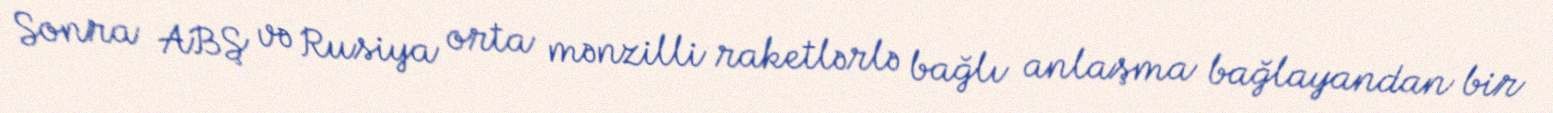
Sonra ABŞ və Rusiya orta mənzilli raketlərlə bağlı anlaşma bağlayandan bir